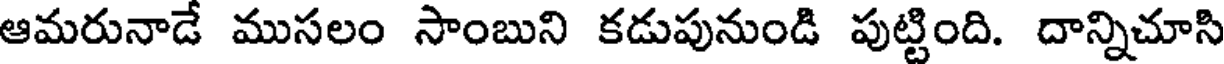
ఆమరునాడే ముసలం సాంబుని కడుపునుండి పుట్టింది. దాన్నిచూసి